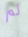
لم